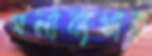
গলাব্যথার